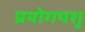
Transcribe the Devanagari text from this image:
प्रयोगपशु